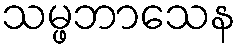
သမ္ဖဘာသေန